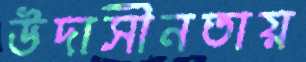
উদাসীনতায়